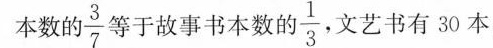
本数的 \frac {3}{7} 等于故事书本数的 \frac{1}{3}文艺书有30本。